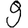
Digit: 9